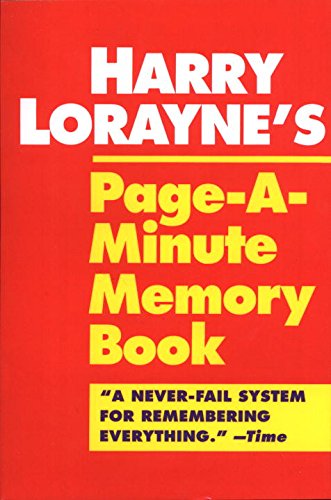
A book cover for Page-a-Minute Memory Book; Harry Lorayne; Self-Help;